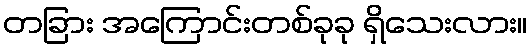
တခြား အကြောင်းတစ်ခုခု ရှိသေးလား။